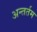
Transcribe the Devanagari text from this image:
अन्तर्तम